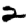
Digit: 2